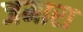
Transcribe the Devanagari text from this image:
जमारा